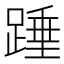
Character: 𮛺